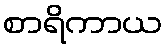
စာရိကာယ